Annual statistical returns and brief notes on vaccination in Bengal - 1909-1929
Year: 1909
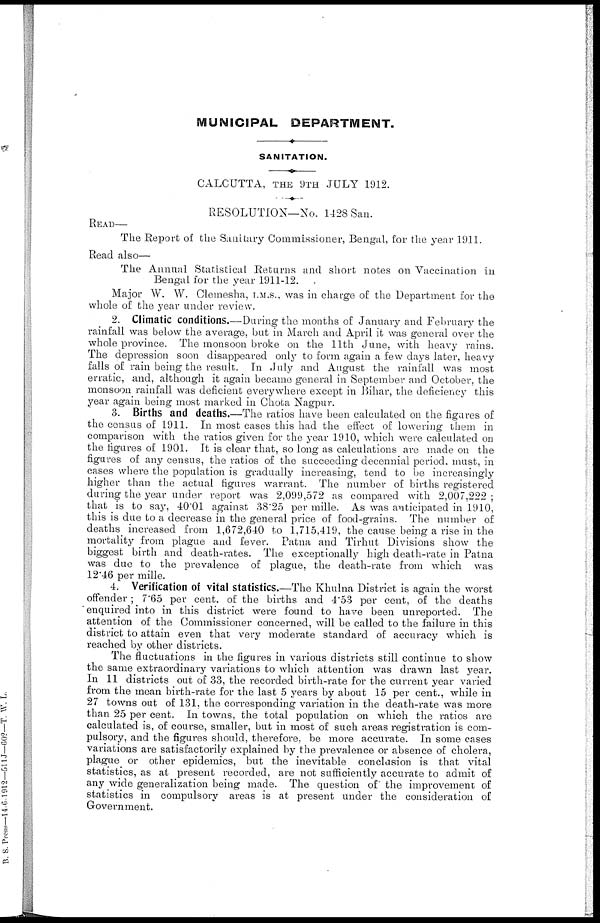
MUNICIPAL DEPARTMENT.
SANITATION.
CALCUTTA, THE 9TH JULY 1912.
RESOLUTION—No. 1428 San.
READ—
The Report of the Sanitary Commissioner, Bengal, for the year 1911.
Read also—
The Annual Statistical Returns and short notes on Vaccination in
Bengal for the year 1911-12.
Major W. W. Clemesha, I.M.S., was in charge of the Department for the
whole of the year under review.
2. Climatic conditions.—During the months of January and February the
rainfall was below the average, but in March and April it was general over the
whole province. The monsoon broke on the 11th June, with heavy rains.
The depression soon disappeared only to form again a few days later, heavy
falls of rain being the result. In July and August the rainfall was most
erratic, and, although it again became general in September and October, the
monsoon rainfall was deficient everywhere except in Bihar, the deficiency this
year again being most marked in Chota Nagpur.
3. Births and deaths.—The ratios have been calculated on the figures of
the census of 1911. In most cases this had the effect of lowering them in
comparison with the ratios given for the year 1910, which were calculated on
the figures of 1901. It is clear that, so long as calculations are made on the
figures of any census, the ratios of the succeeding decennial period, must, in
cases where the population is gradually increasing, tend to be increasingly
higher than the actual figures warrant. The number of births registered
during the year under report was 2,099,572 as compared with 2,007,222 ;
that is to say, 40'01 against 38.25 per mille. As was anticipated in 1910,
this is due to a decrease in the general price of food-grains. The number of
deaths increased from 1,672,640 to 1,715,419, the cause being a rise in the
mortality from plague and fever. Patna and Tirhut Divisions show the
biggest birth and death-rates. The exceptionally high death-rate in Patna
was due to the prevalence of plague, the death-rate from which was
12.46 per mille.
4. Verification of vital statistics.—The Khulna District is again the worst
offender; 7.65 per cent. of the births and 4.53 per cent, of the deaths
enquired into in this district were found to have been unreported. The
attention of the Commissioner concerned, will be called to the failure in this
district to attain even that very moderate standard of accuracy which is
reached by other districts.
The fluctuations in the figures in various districts still continue to show
the same extraordinary variations to which attention was drawn last year.
In 11 districts out of 33, the recorded birth-rate for the current year varied
from the mean birth-rate for the last 5 years by about 15 per cent., while in
27 towns out of 131, the corresponding variation in the death-rate was more
than 25 per cent. In towns, the total population on which the ratios are
calculated is, of course, smaller, but in most of such areas registration is com-
pulsory, and the figures should, therefore, be more accurate. In some cases
variations are satisfactorily explained by the prevalence or absence of cholera,
plague or other epidemics, but the inevitable conclusion is that vital
statistics, as at present recorded, are not sufficiently accurate to admit of
any wide generalization being made. The question of the improvement of
statistics in compulsory areas is at present under the consideration of
Government.